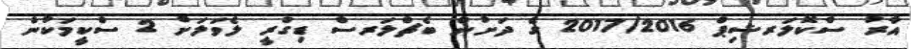
އާރު ސްކޮލަރޝިޕް 2017/2016 ގެ ދަށުން ބެޗްލަރސް ޑިގްރީ ލެވަލަށް 2 ސްކީމަކުން